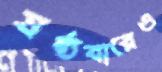
ষষ্ঠবারেও